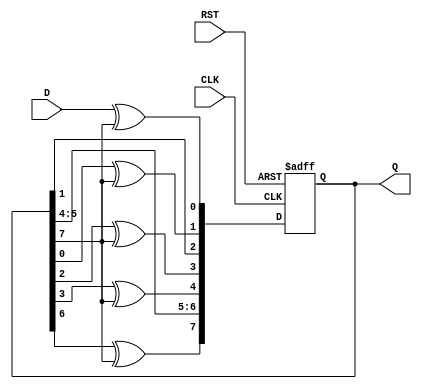
module CRC_serial_1 (D, CLK, RST, Q); //method1
input CLK, RST;
input D; //input(data)
output reg [7:0] Q; //CRC


always @ (posedge CLK, posedge RST) begin
    if (RST) Q <= 8'b0; //initial value
    //shift regiser
    else Q <= {Q[6]^Q[7] , Q[5], Q[4] ,Q[3]^Q[7], Q[2]^Q[7], Q[1], Q[0]^Q[7], D^Q[7]}; // polynomial 'b1001011
end
endmodule

module CRC_serial_2 (D, CLK, RST, Q); //method2
input CLK, RST;
input D; //input(data)
output reg [7:0] Q; //CRC 

always @ (posedge CLK, posedge RST) begin
    if (RST) Q <= 8'b0; //initial value
    //shift regiser
    else Q <= {Q[6]^D^Q[7] , Q[5], Q[4] ,Q[3]^D^Q[7], Q[2]^D^Q[7], Q[1], Q[0]^D^Q[7], D^Q[7]}; // polynomial 'b1001011
end
endmodule